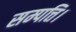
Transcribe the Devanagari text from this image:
सम्पत्ति।